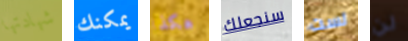
شهادتها يمكنك هكذا سنجعلك لست لن